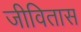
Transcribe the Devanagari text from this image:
जीवितास